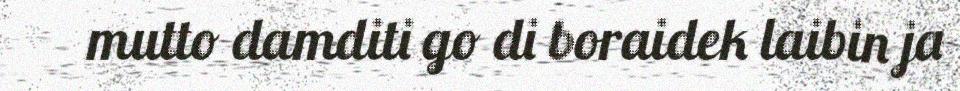
mutto damditi go di boraidek laibin ja